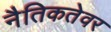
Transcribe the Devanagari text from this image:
नैतिकतेवर